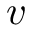
v